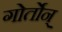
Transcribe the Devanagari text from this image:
गोर्तोन्